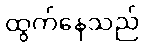
ထွက်နေသည်